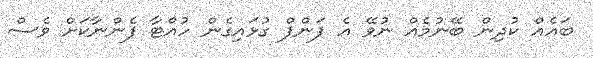
ބައެއް ކުދިން ބޭނުމެއް ނުވޭ އެ ޕަންޕް ގުޅައިގެން ހުއްޓާ ފެންނާކަށް ވެސް